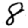
Digit: 8